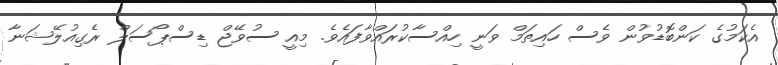
އެކަމުގެ ކަންބޮޑުވުން ވެސް ހައިތަމް ވަނީ ހިއްސާކުރައްވާފައެވެ. މިއީ ސުވޭޖް ޑިސްޕޯސަލް ރެގިއުލޭޝަނާ